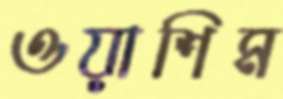
ওয়াশিম